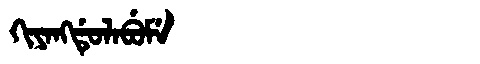
Manchu: ᡴᡳᠶᠠᠩᡩᡠᠯᠠᠪᡠᠮᡝ
Romanization: KIYANGDULABUME